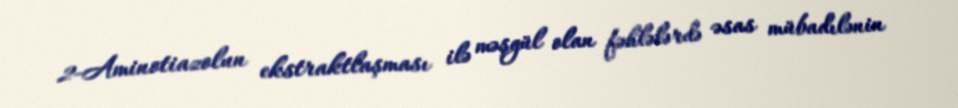
2-Aminotiazolun ekstraktlaşması ilə məşgül olan fəhlələrdə əsas mübadılənin